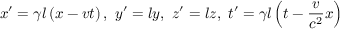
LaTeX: x ^ { \prime } = \gamma l \left( x - v t \right) , \ y ^ { \prime } = l y , \ z ^ { \prime } = l z , \ t ^ { \prime } = \gamma l \left( t - { \frac { v } { c ^ { 2 } } } x \right)